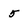
Character: 5